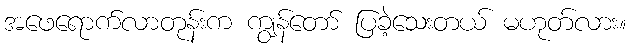
အဖေရောက်လာတုန်းက ကျွန်တော် ပြခဲ့သေးတယ် မဟုတ်လား။